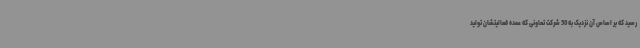
رسید که بر اساس آن نزدیک به 50 شرکت تعاونی که عمده فعالیتشان تولید